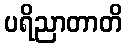
ပရိညာတာတိ